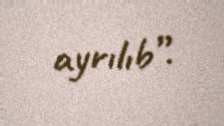
ayrılıb”.